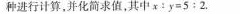
种进行计算，并化简求值，其中$$x： y = 5 : 2$$.